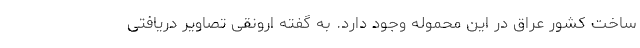
ساخت کشور عراق در این محموله وجود دارد. به گفته ارونقی تصاویر دریافتی